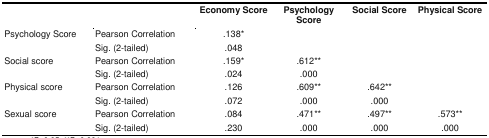
<table><thead><tr><td></td><td></td><td><b>Economy Score</b></td><td><b>Psychology Score</b></td><td><b>Social Score</b></td><td><b>Physical Score</b></td></tr></thead><tbody><tr><td rowspan="2">sychology Score</td><td>Pearson Correlation</td><td>.138*</td><td></td><td></td><td></td></tr><tr><td>Sig. (2-tailed)</td><td>.048</td><td></td><td></td><td></td></tr><tr><td rowspan="2">Social score</td><td>Pearson Correlation</td><td>.159*</td><td>.612**</td><td></td><td></td></tr><tr><td>Sig. (2-tailed)</td><td>.024</td><td>.000</td><td></td><td></td></tr><tr><td rowspan="2">Physical score</td><td>Pearson Correlation</td><td>.126</td><td>.609**</td><td>.642**</td><td></td></tr><tr><td>Sig. (2-tailed)</td><td>.072</td><td>.000</td><td>.000</td><td></td></tr><tr><td rowspan="2">Sexual score</td><td>Pearson Correlation</td><td>.084</td><td>.471**</td><td>.497**</td><td>.573**</td></tr><tr><td>Sig. (2-tailed)</td><td>.230</td><td>.000</td><td>.000</td><td>.000</td></tr></tbody></table>